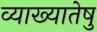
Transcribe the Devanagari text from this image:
व्याख्यातेषु